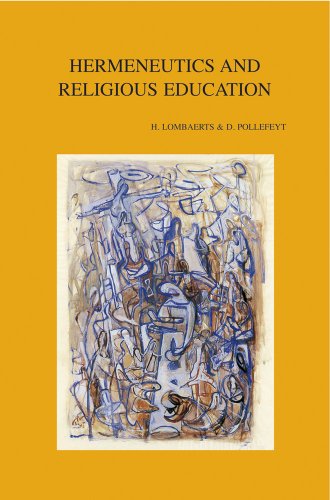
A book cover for Hermeneutics and Religious Education (Bibliotheca Ephemeridum Theologicarum Lovaniensium); Religion & Spirituality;